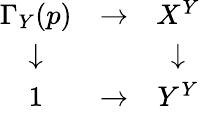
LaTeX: \begin{array}{ccc}{\Gamma_{Y}(p)}&{\to}&{X^{Y}}\\ {\downarrow}&{}&{\downarrow}\\ {1}&{\to}&{Y^{Y}}\end{array}